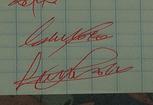
Signature authenticity: genuine